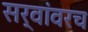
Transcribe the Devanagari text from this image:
सर्वांवरच